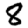
Digit: 8